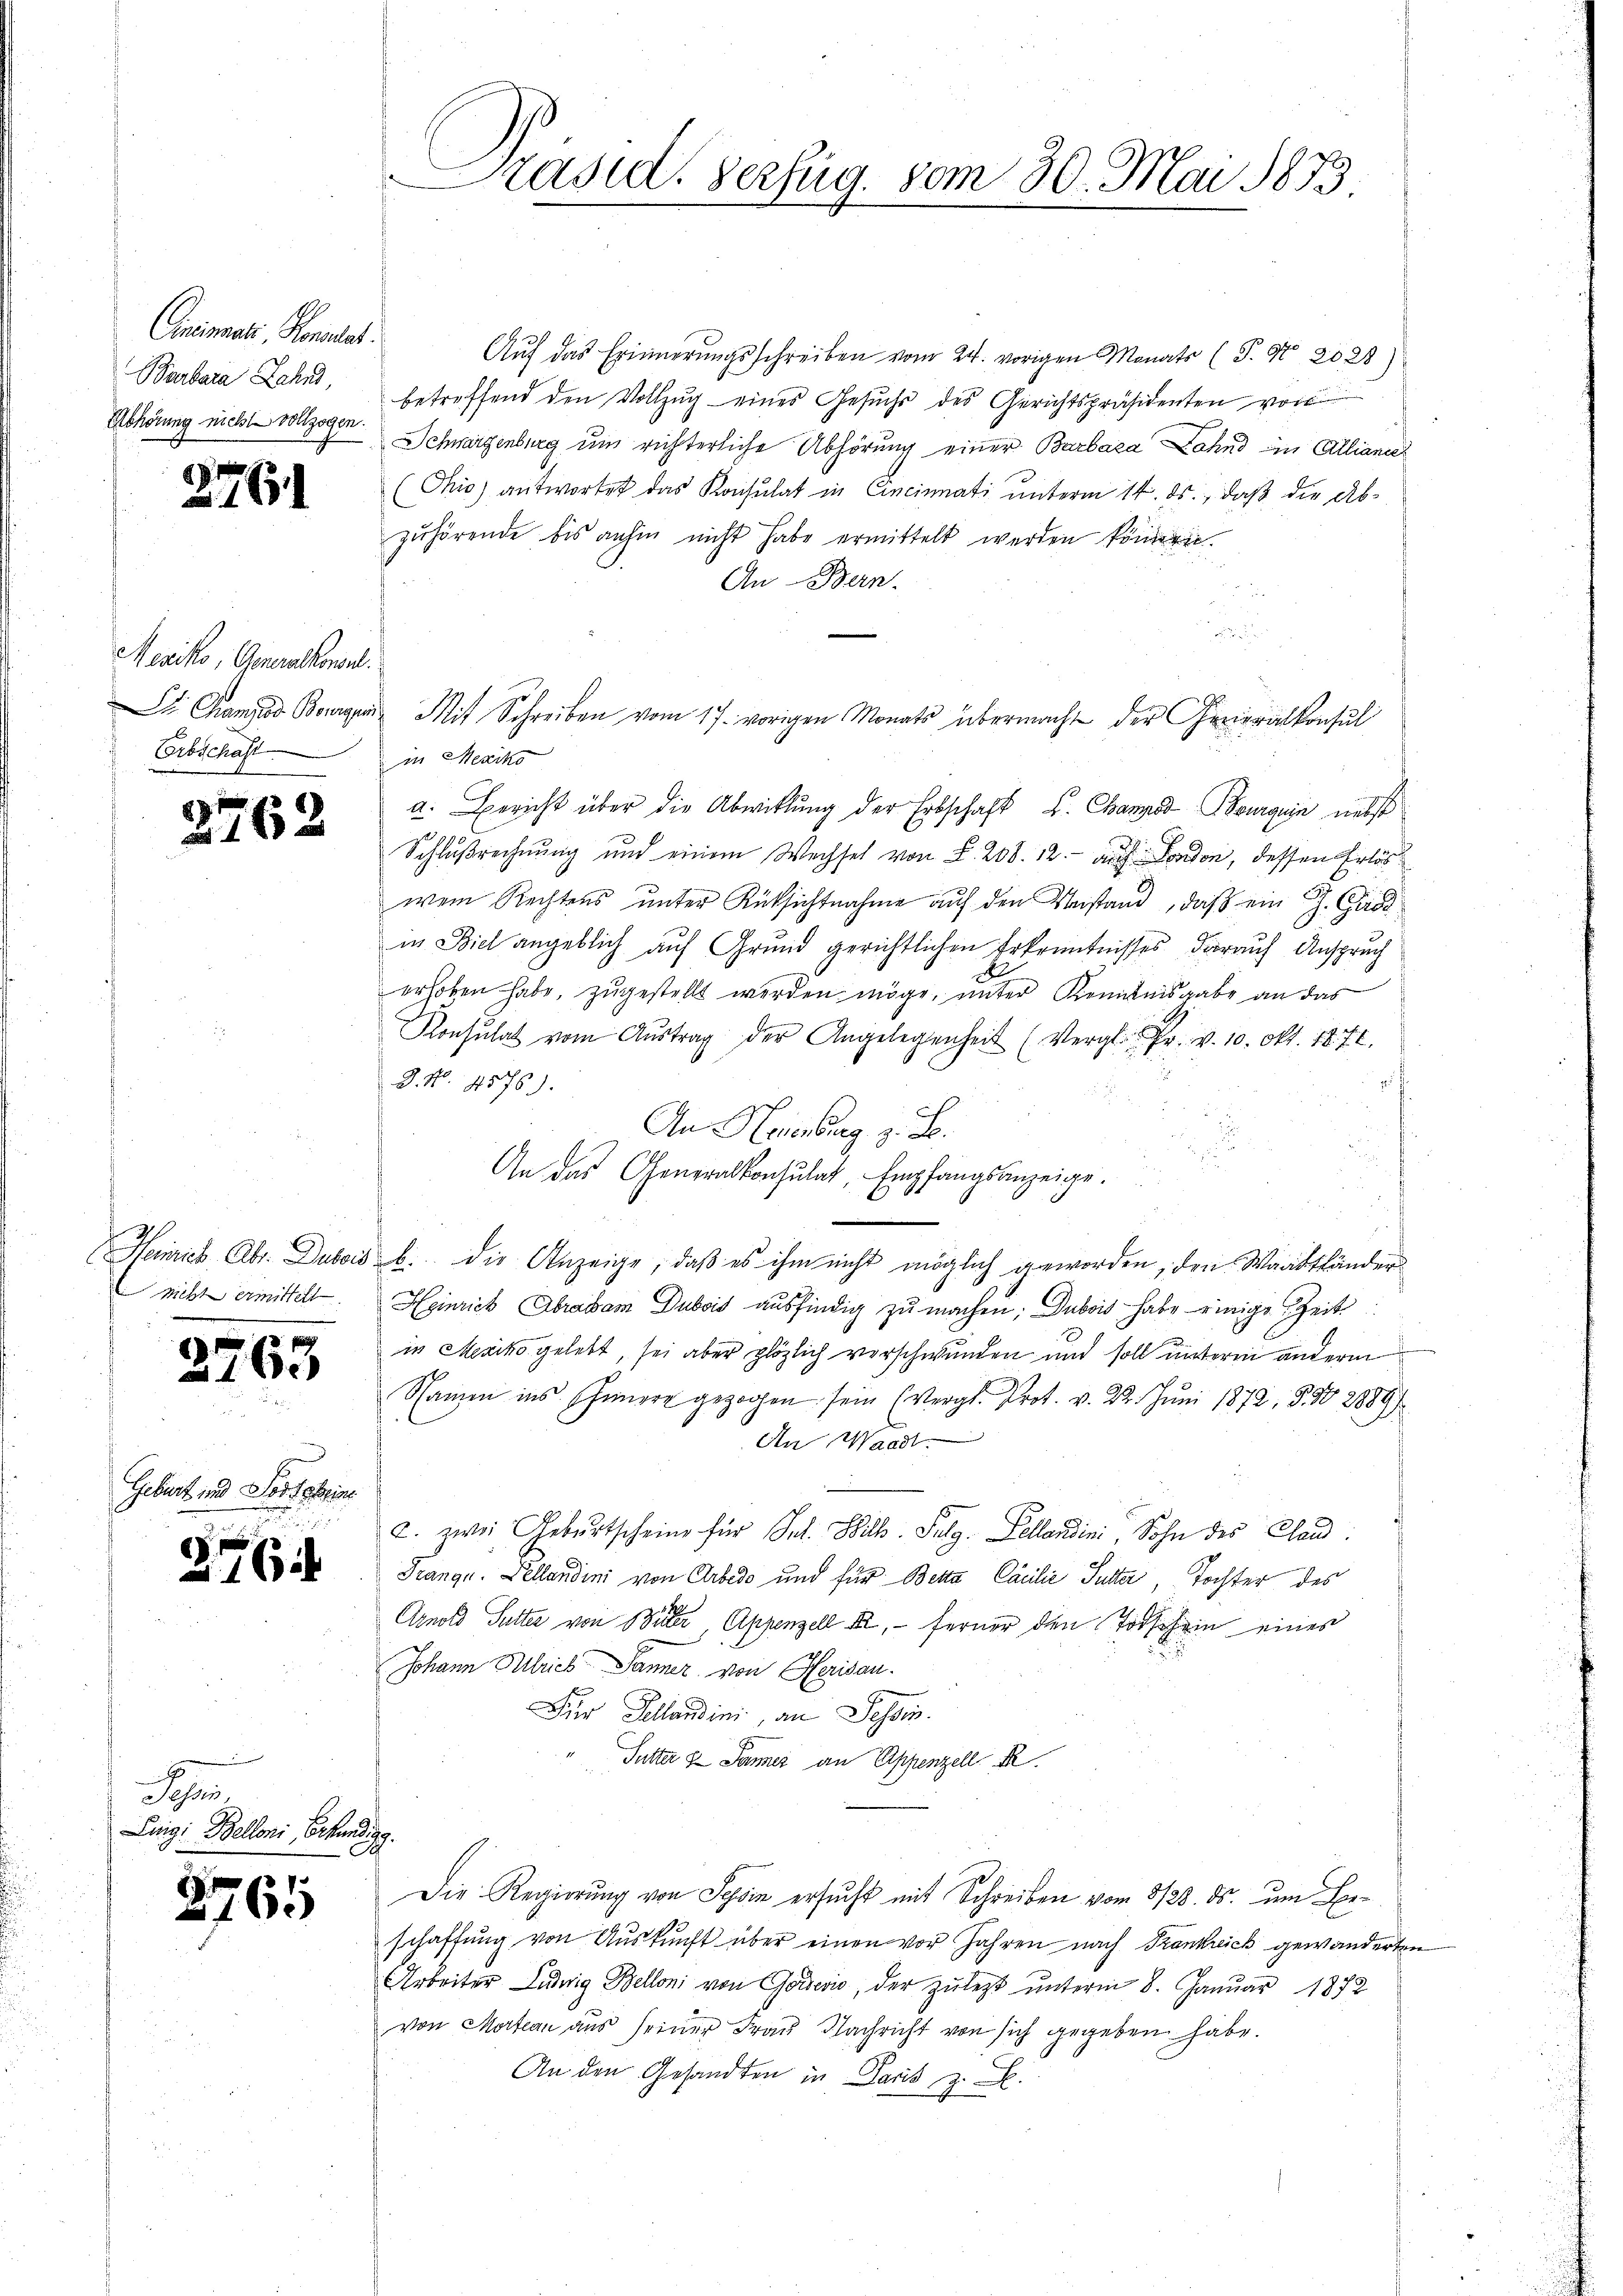
Cnimali, Honales.
Barbara Lahnd,
Abhörung nicht vollzogen.

2761

Mexiko, Generalkoment.
Erbschaft

2762

nicht ermittelt.

Geburt und Joststeine

2764

2

2765

J
Tessin,
Ling: Belloni Erkund

8765

C
Präsid. Verfüg. vom 30. Mai 1873.

Auf das Erinnerungsschreiben vom 24. vorigen Monats (T. Nr. 2028)
betreffend den Vollzug eines Gesuchs des Gerichtspräsidenten von
Schwarzenburg um richterliche Abhörung einer Barbara Zahnd in Allianie
(Chio) antwortet das Konsulat in Cincinati unterm 14. ds., daß die Abzuhörende bis anhin nicht habe ermittelt werden können.
An - Bern.

in Mexiko
a. Bericht über die Abwitlung der Erbschaft u. Canze Burguin nebst
Schlußrechnung und einem Wechsel von § 208. 12. auch London, dessen Erlös
wen Rechtens unter Rücksichtnahme auf den Umstand, daß ein Z. Gade
in Biel angeblich auf Grund gerichtlichen Erkenntnisses darauf Anspruch
erhoben habe, zugestellt werden möge, unter Kenntnisgabe an das
Konsulat vom Aŭstrag der Angelegenheit (Vergl. Fr. v. 10. Okt. 1872.
D. N. 4576).

An Neuenburg z. B.
.
An das Generalkonsulat, Empfangsanzeige.
Heinrich Abs. Dubois b. die Anzeige, daß es ihm nicht möglich geworden, den Waadtländer
Heinrich Abraham Dubois ausfindig zu machen; Dubois habe einige Zeit
in Mesiko gelebt, sei aber plötzlich verschwunden und soll unterm anderm
Namen ins Inner gezogen sein (Vergl. Pr. v. 22. Juni 1872, 350 2889/
An Waadt.
a. zwei Gebŭrtscheine für sel. Wilh. Sulg. Pellandini, Sohn des Cand
Trange. Pellandini von Arbedo und für Betta Camilie Sutter, Tochter des
Arnold Sutter von Seiter, Appenzell A.- ferner den Todschein eines
Johann Zürich Panner von Herisau.
Der Sellandini, an Tessin.
Sutter 8 Jänner an Appenzell
.
2
Die Regierung von Tessin ersucht mit Schreiben vom 3/23. ds. um Beschaffung von Auskunft über einen vor Jahren nach Trankreich gewänderten
Arbeiter Ludwig Belloni von Goević, der zuletzt unterm 8. Januar 1872
von Mortan aus seiner Frau Nachricht von sich gegeben habe.
An den Gesandten in Paris z. B.

St. Gams ad Borgen Mit Schreiben vom 17. vorigen Monats übermacht der Generalkonsul